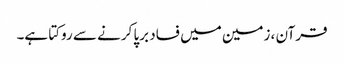
قرآن ، زمین میں فساد برپا کرنے سے روکتا ہے۔